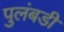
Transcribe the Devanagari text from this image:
पुलंबडी